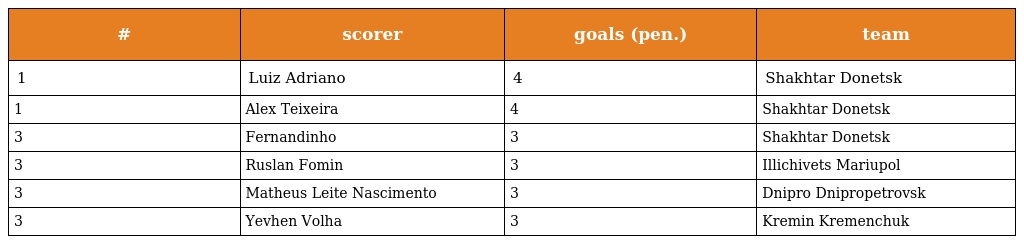
| # | scorer | goals (pen.) | team |
 | --- | --- | --- | --- |
 | 1 | Luiz Adriano | 4 | Shakhtar Donetsk |
 | 1 | Alex Teixeira | 4 | Shakhtar Donetsk |
 | 3 | Fernandinho | 3 | Shakhtar Donetsk |
 | 3 | Ruslan Fomin | 3 | Illichivets Mariupol |
 | 3 | Matheus Leite Nascimento | 3 | Dnipro Dnipropetrovsk |
 | 3 | Yevhen Volha | 3 | Kremin Kremenchuk |